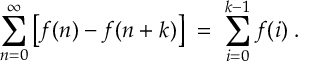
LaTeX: \sum _ { n = 0 } ^ { \infty } \left[ f ( n ) - f ( n + k ) \right] \; = \; \sum _ { i = 0 } ^ { k - 1 } f ( i ) \; .